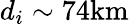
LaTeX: d_{i}\sim 74\mathrm{{km}}